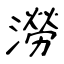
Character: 澇